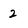
Character: 2